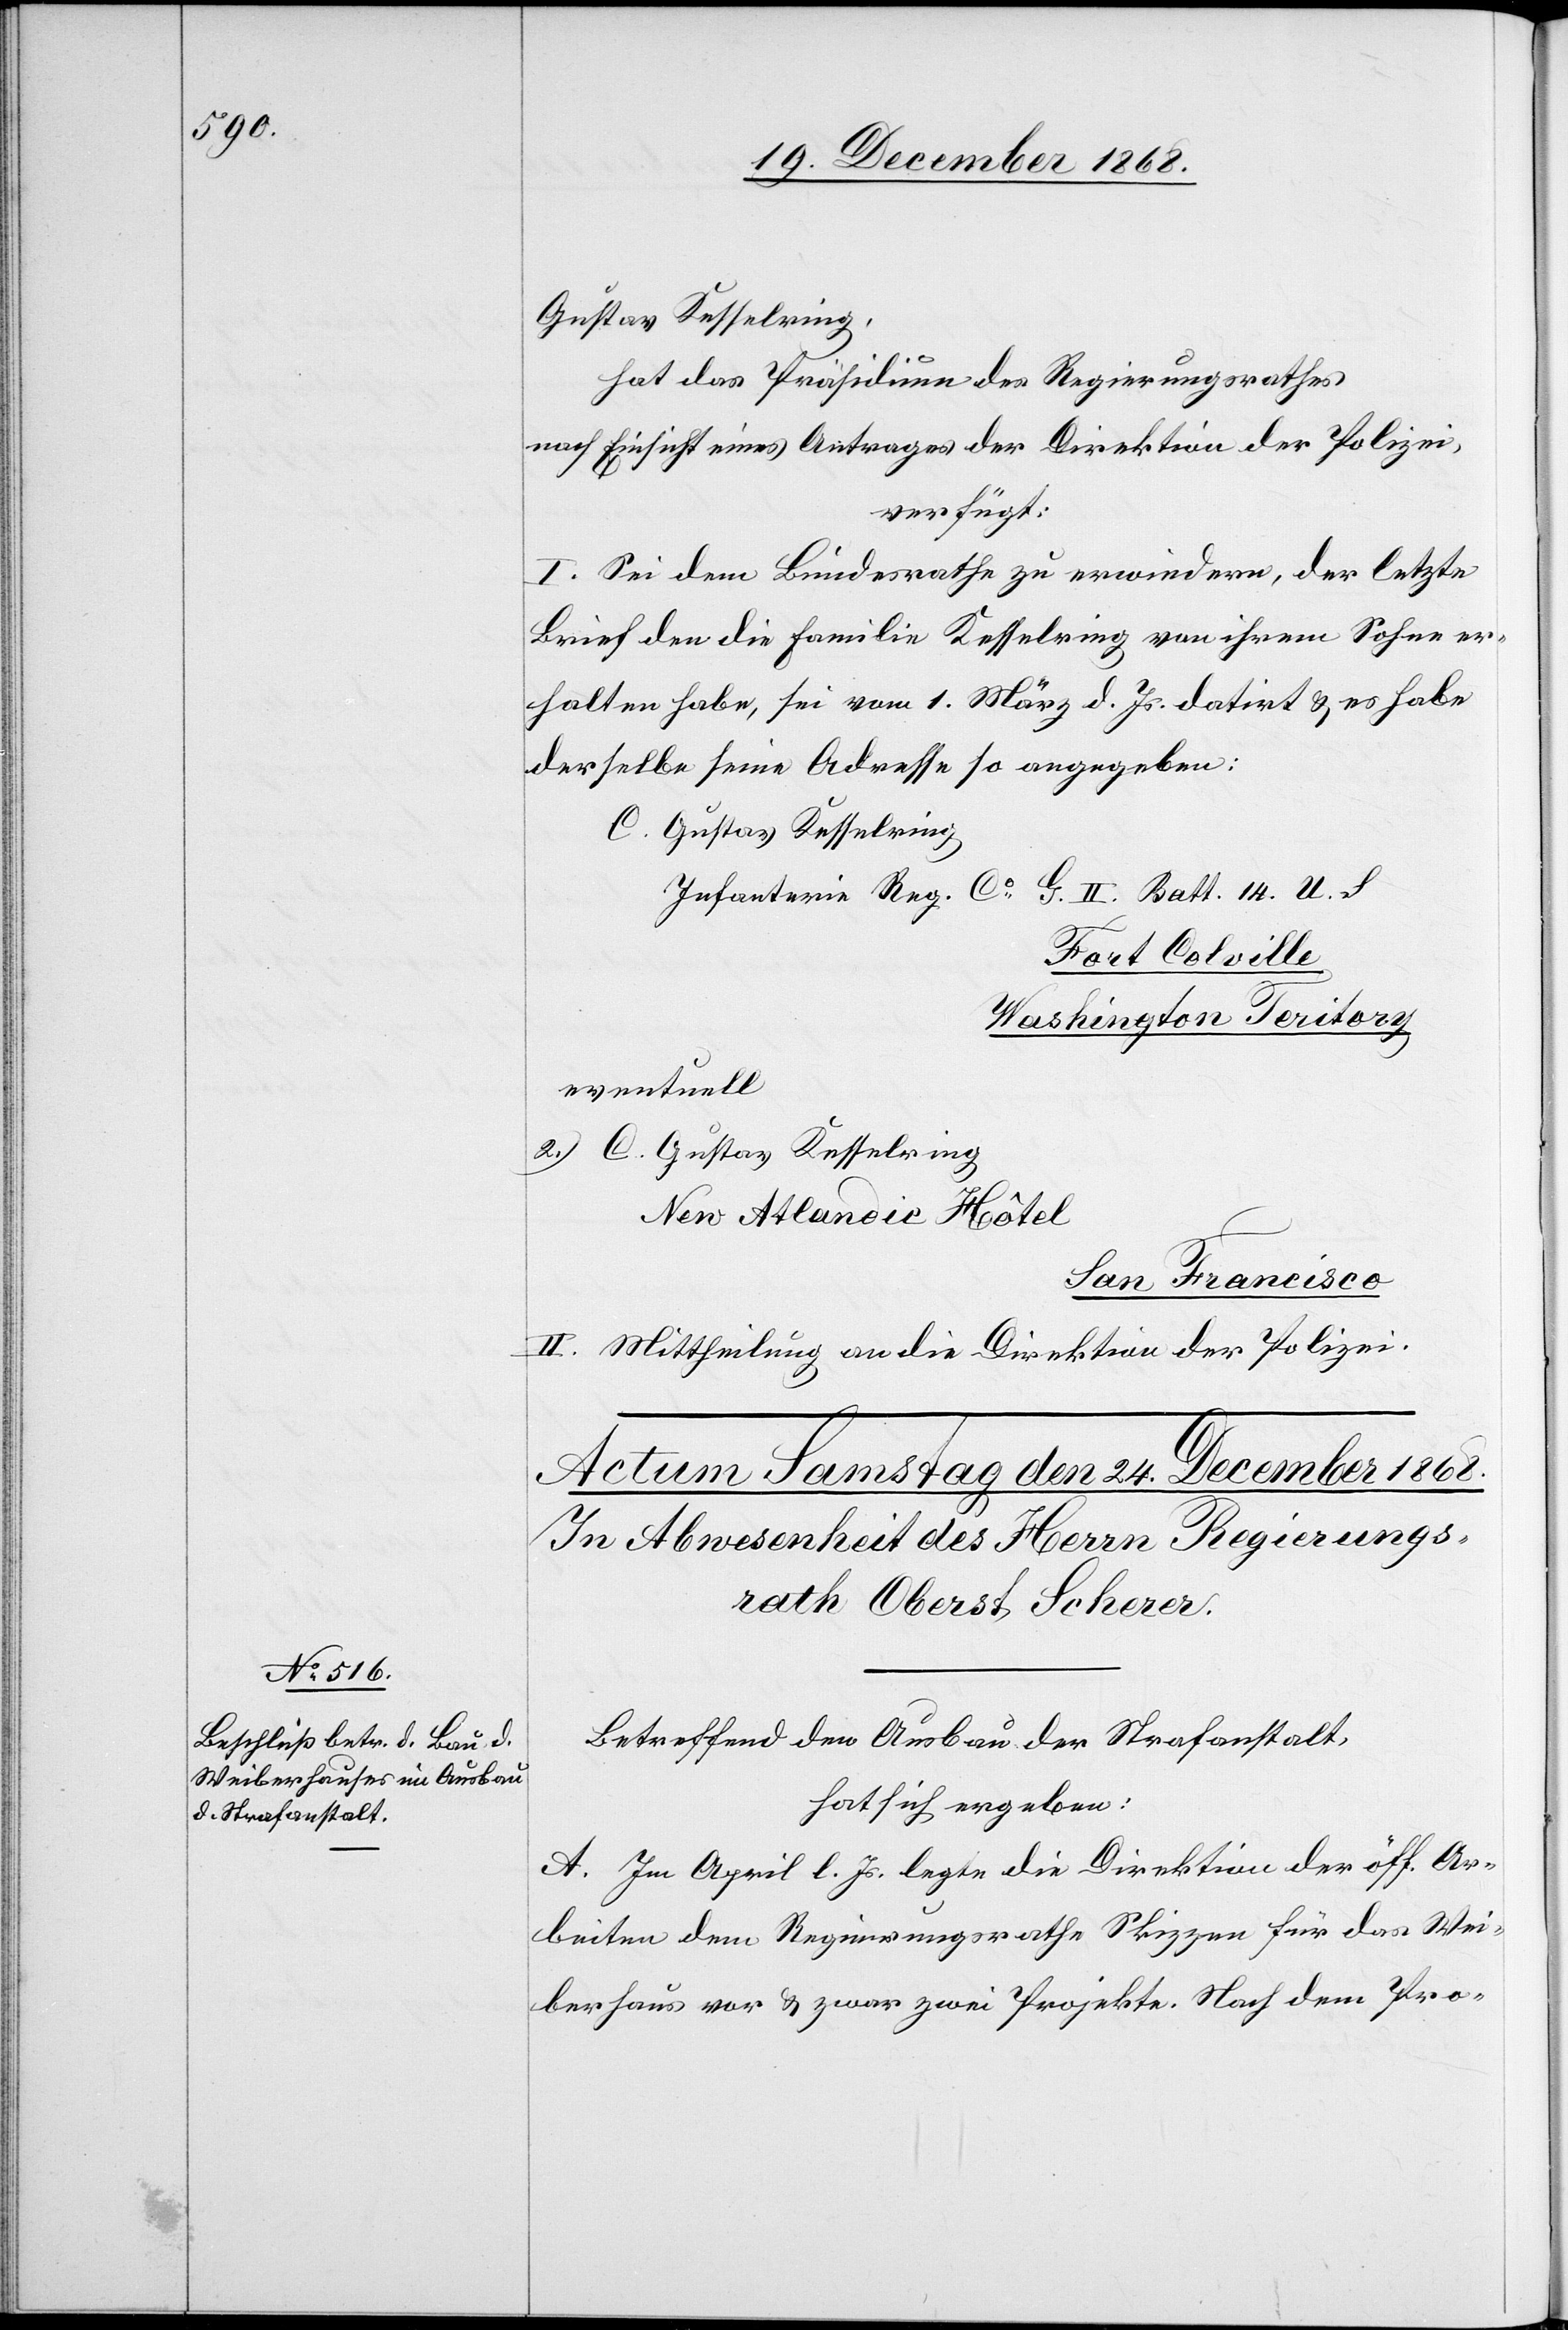
Gustav Kesselring,
hat das Präsidium des Regierungsrathes
nach Einsicht eines Antrages der Direktion der Polizei,
verfügt:
I. Sei dem Bundesrathe zu erwiedern, der letzte
Brief den die Familie Kesselring von ihrem Sohne er¬
halten habe, sei vom 1. März d. Js. datirt & es habe
derselbe seine Adresse so angegeben:
C. Gustav Kesselring
Infanterie Reg. Co G. II. Batt. 14. U. S
Fort Colville
Washington Teritory
eventuell
2.) C. Gustav Kesselring
New Atlandic Hôtel
San Francisco
II. Mittheilung an die Direktion der Polizei.
Betreffend den Ausbau der Strafanstalt,
hat sich ergeben:
A. Im April l. Js. legte die Direktion der öff. Ar¬
beiten dem Regierungsrathe Skizzen für das Wei¬
berhaus vor & zwar zwei Projekte. Nach dem Pro-